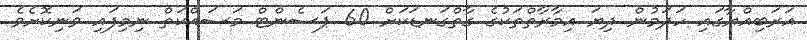
އަރަބިއްޔާގައި ހަދަމުން ދިޔަ އިމާރާތްތަކުގެ ގާތްގަނޑަކަށް 60 ޕަސެންޓް މަސައްކަތް ނިމިފައި ވަނިކޮށެވެ.